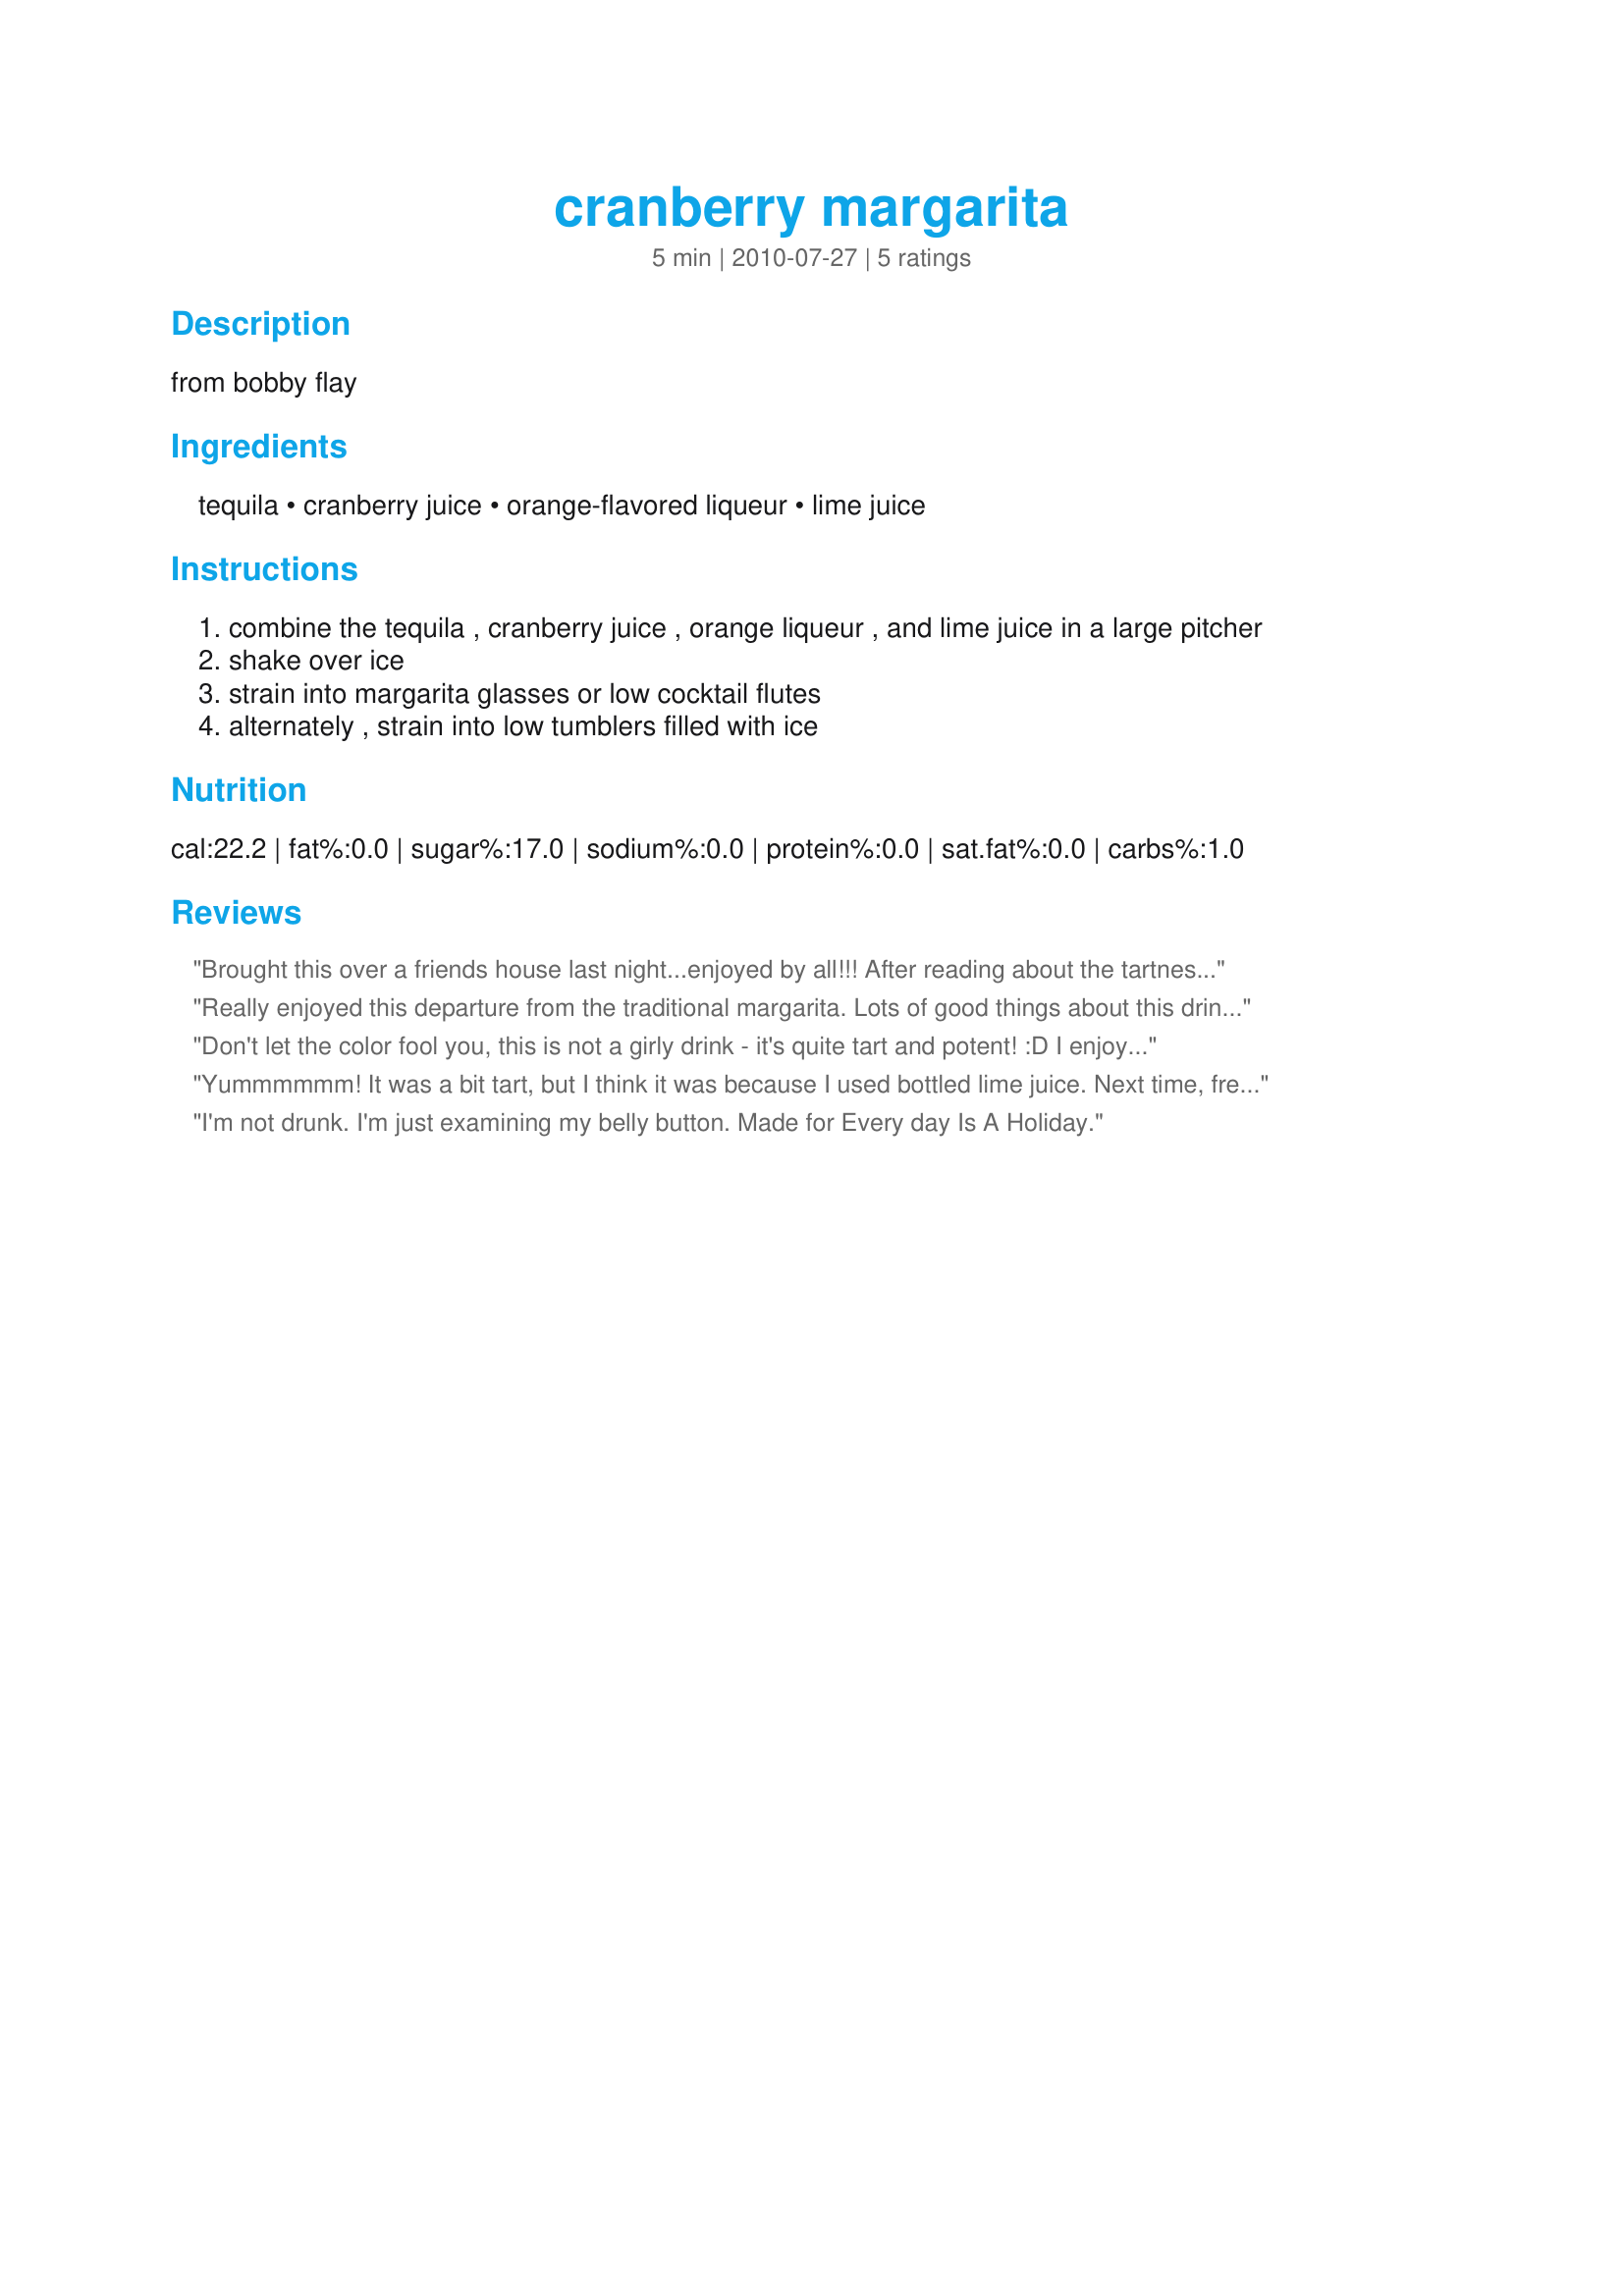
cranberry margarita
Preparation time: 5 minutes

from bobby flay

Ingredients:
tequila, cranberry juice, orange-flavored liqueur, lime juice

Steps:
combine the tequila , cranberry juice , orange liqueur , and lime juice in a large pitcher
shake over ice
strain into margarita glasses or low cocktail flutes
alternately , strain into low tumblers filled with ice

Reviews:
Brought this over a friends house last night...enjoyed by all!!! After reading about the tartness from the other reviews, I added 2 tbsp of sugar to the mix. Don't know if it helped but I didn't think them too tart at all. Beautiful color and I garnished them with a couple of cranberries and slice of lime.
Really enjoyed this departure from the traditional margarita. Lots of good things about this drink: Not too tart, almost like a martini, I know my girlfriends will like it, especially during the warmer months! Thanks for sharing, Boomette!
Don't let the color fool you, this is not a girly drink - it's quite tart and potent! :D I enjoyed this with my BLT last night, though I did have to add some sweeter juice and more ice part way through. Made for PRMRT
Yummmmmm! It was a bit tart, but I think it was because I used bottled lime juice. Next time, fresh squeezed. Made for photo tag. Thanks for a nice good drink recipe.
I'm not drunk. I'm just examining my belly button. Made for Every day Is A Holiday.
